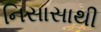
નિસાસાથી